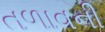
તળાવની